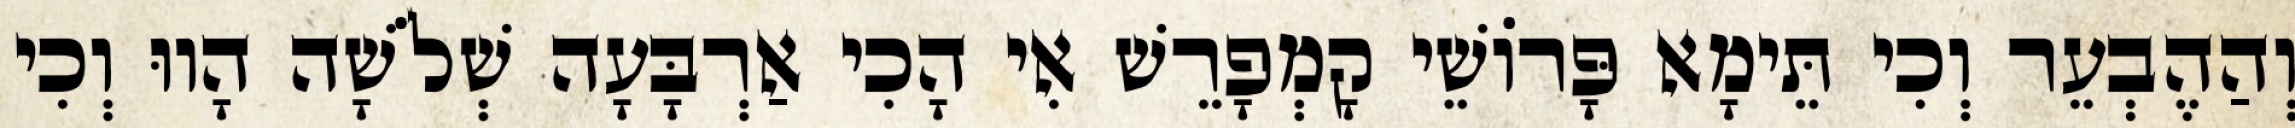
וְהַהֶבְעֵר וְכִי תֵּימָא פָּרוֹשֵׁי קָמְפָרֵשׁ אִי הָכִי אַרְבָּעָה שְׁלֹשָׁה הָווּ וְכִי